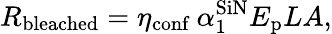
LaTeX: R_{\textrm{bleached}}=\eta_{\textrm{conf}}\ \alpha_{1}^{\textrm{SiN}}E_{\textrm{p}}LA,